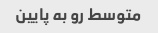
متوسط رو به پایین